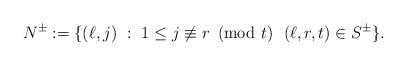
LaTeX: \begin{align*}N^{\pm}:=\{ (\ell, j) \ : \ 1\leq j\not \equiv r\!\!\!\pmod t \ {}\ (\ell, r,t)\in S^{\pm}\}.\end{align*}